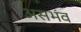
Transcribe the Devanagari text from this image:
असभंव